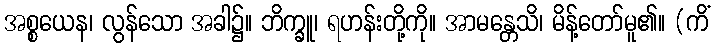
အစ္စယေန၊ လွန်သော အခါ၌။ ဘိက္ခူ၊ ရဟန်းတို့ကို။ အာမန္တေသိ၊ မိန့်တော်မူ၏။ (ကိံ